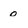
Character: 0